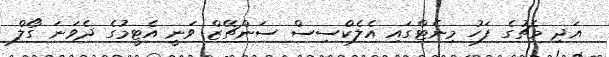
އަދި މެޗުގެ ފަހު މިނެޓްގައި އެލެކްސިސް ސަންޗޭޒް ވަނީ އެޓީމުގެ ދެވަނަ ގޯލް